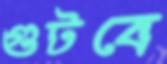
গুটবে